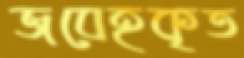
জবেহকৃত